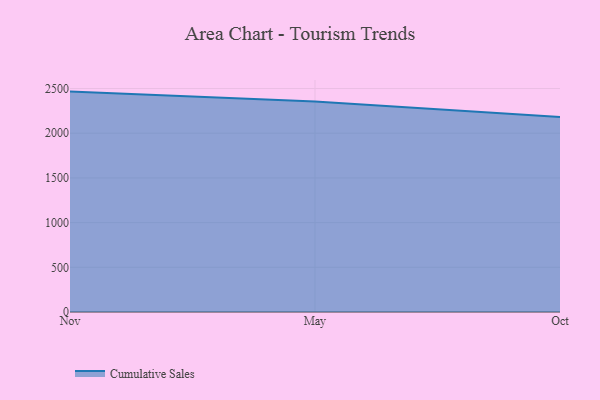
{"axis": {"x": "Month", "y": "Latency (ms)"}, "legend": ["Cumulative Sales"], "data": [{"x": "Nov", "y": 2465.5, "type": "Cumulative Sales"}, {"x": "May", "y": 2354.3, "type": "Cumulative Sales"}, {"x": "Oct", "y": 2180.0, "type": "Cumulative Sales"}]}